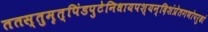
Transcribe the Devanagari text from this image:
ततस्तुमृत्पिंडपुटेनिधायपश्यन्दिशंप्रेतगणोपरुढां